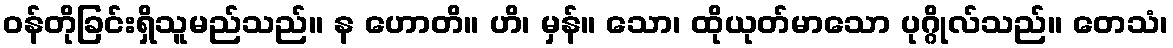
ဝန်တိုခြင်းရှိသူမည်သည်။ န ဟောတိ။ ဟိ၊ မှန်။ သော၊ ထိုယုတ်မာသော ပုဂ္ဂိုလ်သည်။ တေသံ၊